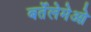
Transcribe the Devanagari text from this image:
बर्तेलेमेओ